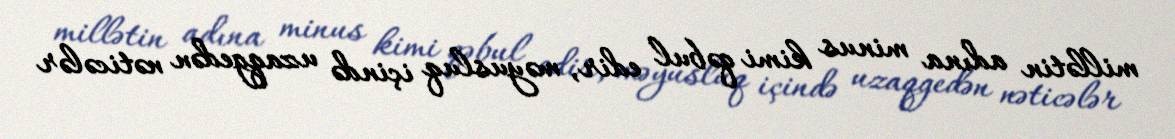
millətin adına minus kimi qəbul edir, məyusluq içində uzaqgedən nəticələr